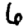
Digit: 6